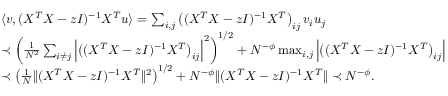
\begin{array} { r l } & { \langle { \boldsymbol v } , ( X ^ { T } X - z I ) ^ { - 1 } X ^ { T } { \boldsymbol u } \rangle = \sum _ { i , j } \left( ( X ^ { T } X - z I ) ^ { - 1 } X ^ { T } \right) _ { i j } v _ { i } u _ { j } } \\ & { \prec \left( \frac { 1 } { N ^ { 2 } } \sum _ { i \neq j } \left| \left( ( X ^ { T } X - z I ) ^ { - 1 } X ^ { T } \right) _ { i j } \right| ^ { 2 } \right) ^ { 1 / 2 } + N ^ { - \phi } \operatorname* { m a x } _ { i , j } \left| \left( ( X ^ { T } X - z I ) ^ { - 1 } X ^ { T } \right) _ { i j } \right| } \\ & { \prec \left( \frac { 1 } { N } \| ( X ^ { T } X - z I ) ^ { - 1 } X ^ { T } \| ^ { 2 } \right) ^ { 1 / 2 } + N ^ { - \phi } \| ( X ^ { T } X - z I ) ^ { - 1 } X ^ { T } \| \prec N ^ { - \phi } . } \end{array}